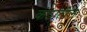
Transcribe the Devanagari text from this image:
कंठातील